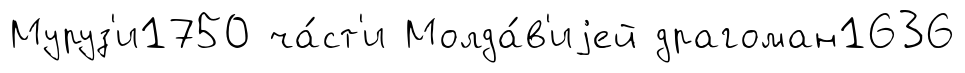
Муруз'и1750 ча́ст'и Молда́в'иjей драгоман1636